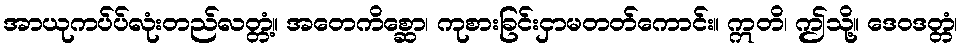
အာယုကပ်ပ်လုံးတည်လတ္တံ့။ အတေကိစ္ဆော၊ ကုစားခြင်းငှာမတတ်ကောင်း။ ဣတိ၊ ဤသို့။ ဒေဝဒတ္တံ၊